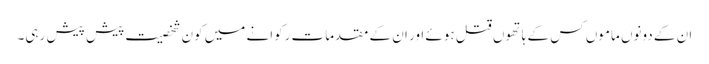
ان کے دونوں ماموں کس کے ہاتھوں قتل ہوئے اور ان کے مقدمات رکوانے میں کون شخصیت پیش پیش رہی۔